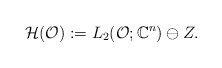
\begin{align*}\mathcal{H}(\mathcal{O}):=L_2(\mathcal{O};\mathbb{C}^n)\ominus Z.\end{align*}